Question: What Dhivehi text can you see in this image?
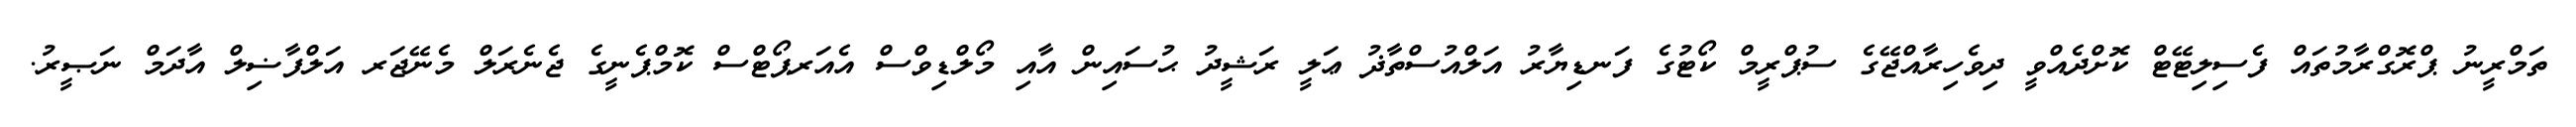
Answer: ތަމްރީނު ޕްރޮގްރާމުތައް ފެސިލިޓޭޓް ކޮށްދެއްވީ ދިވެހިރާއްޖޭގެ ސުޕްރީމް ކޯޓުގެ ފަނޑިޔާރު އަލްއުސްތާޛު ޢަލީ ރަޝީދު ޙުސައިން އާއި މޯލްޑިވްސް އެއަރޕޯޓްސް ކޮމްޕެނީގެ ޖެނެރަލް މެނޭޖަރ އަލްފާޟިލް އާދަމް ނަޞީރު.